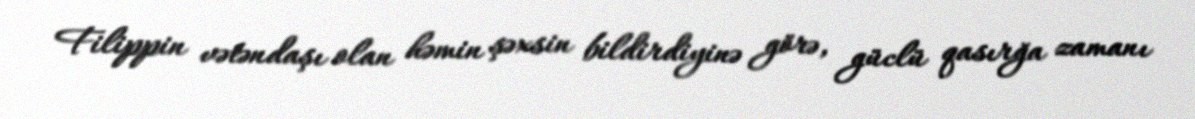
Filippin vətəndaşı olan həmin şəxsin bildirdiyinə görə, güclü qasırğa zamanı